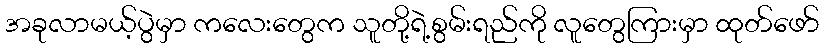
အခုလာမယ့်ပွဲမှာ ကလေးတွေက သူတို့ရဲ့စွမ်းရည်ကို လူတွေကြားမှာ ထုတ်ဖော်